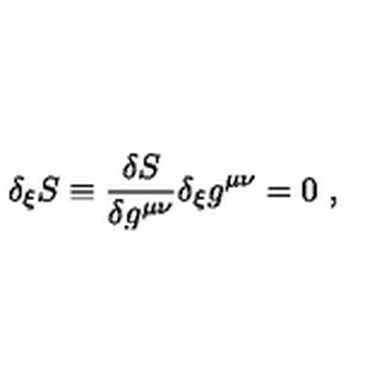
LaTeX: \delta _ { \xi } S \equiv { \frac { \delta S } { \delta g ^ { \mu \nu } } } \delta _ { \xi } g ^ { \mu \nu } = 0 \ ,